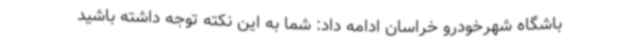
باشگاه شهرخودرو خراسان ادامه داد: شما به این نکته توجه داشته باشید